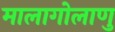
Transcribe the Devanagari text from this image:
मालागोलाणु